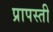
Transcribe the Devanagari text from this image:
प्रापस्ती